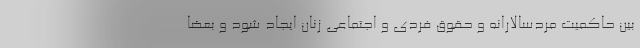
بین حاکمیت مردسالارانه و حقوق فردی و اجتماعی زنان ایجاد شود و بعضا